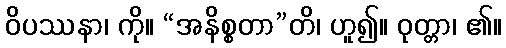
ဝိပဿနာ၊ ကို။ “အနိစ္စတာ”တိ၊ ဟူ၍။ ဝုတ္တာ၊ ၏။